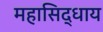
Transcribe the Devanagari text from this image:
महासिद्धाय